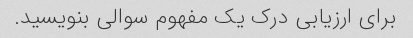
برای ارزیابی درک یک مفهوم سوالی بنویسید.